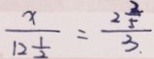
\frac { x } { 1 2 \frac { 1 } { 2 } } = \frac { 2 \frac { 2 } { 5 } } { 3 }